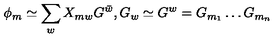
\phi _ { m } \simeq \sum _ { w } X _ { m w } G ^ { \bar { w } } , G _ { w } \simeq G ^ { w } = G _ { m _ { 1 } } \ldots G _ { m _ { n } }